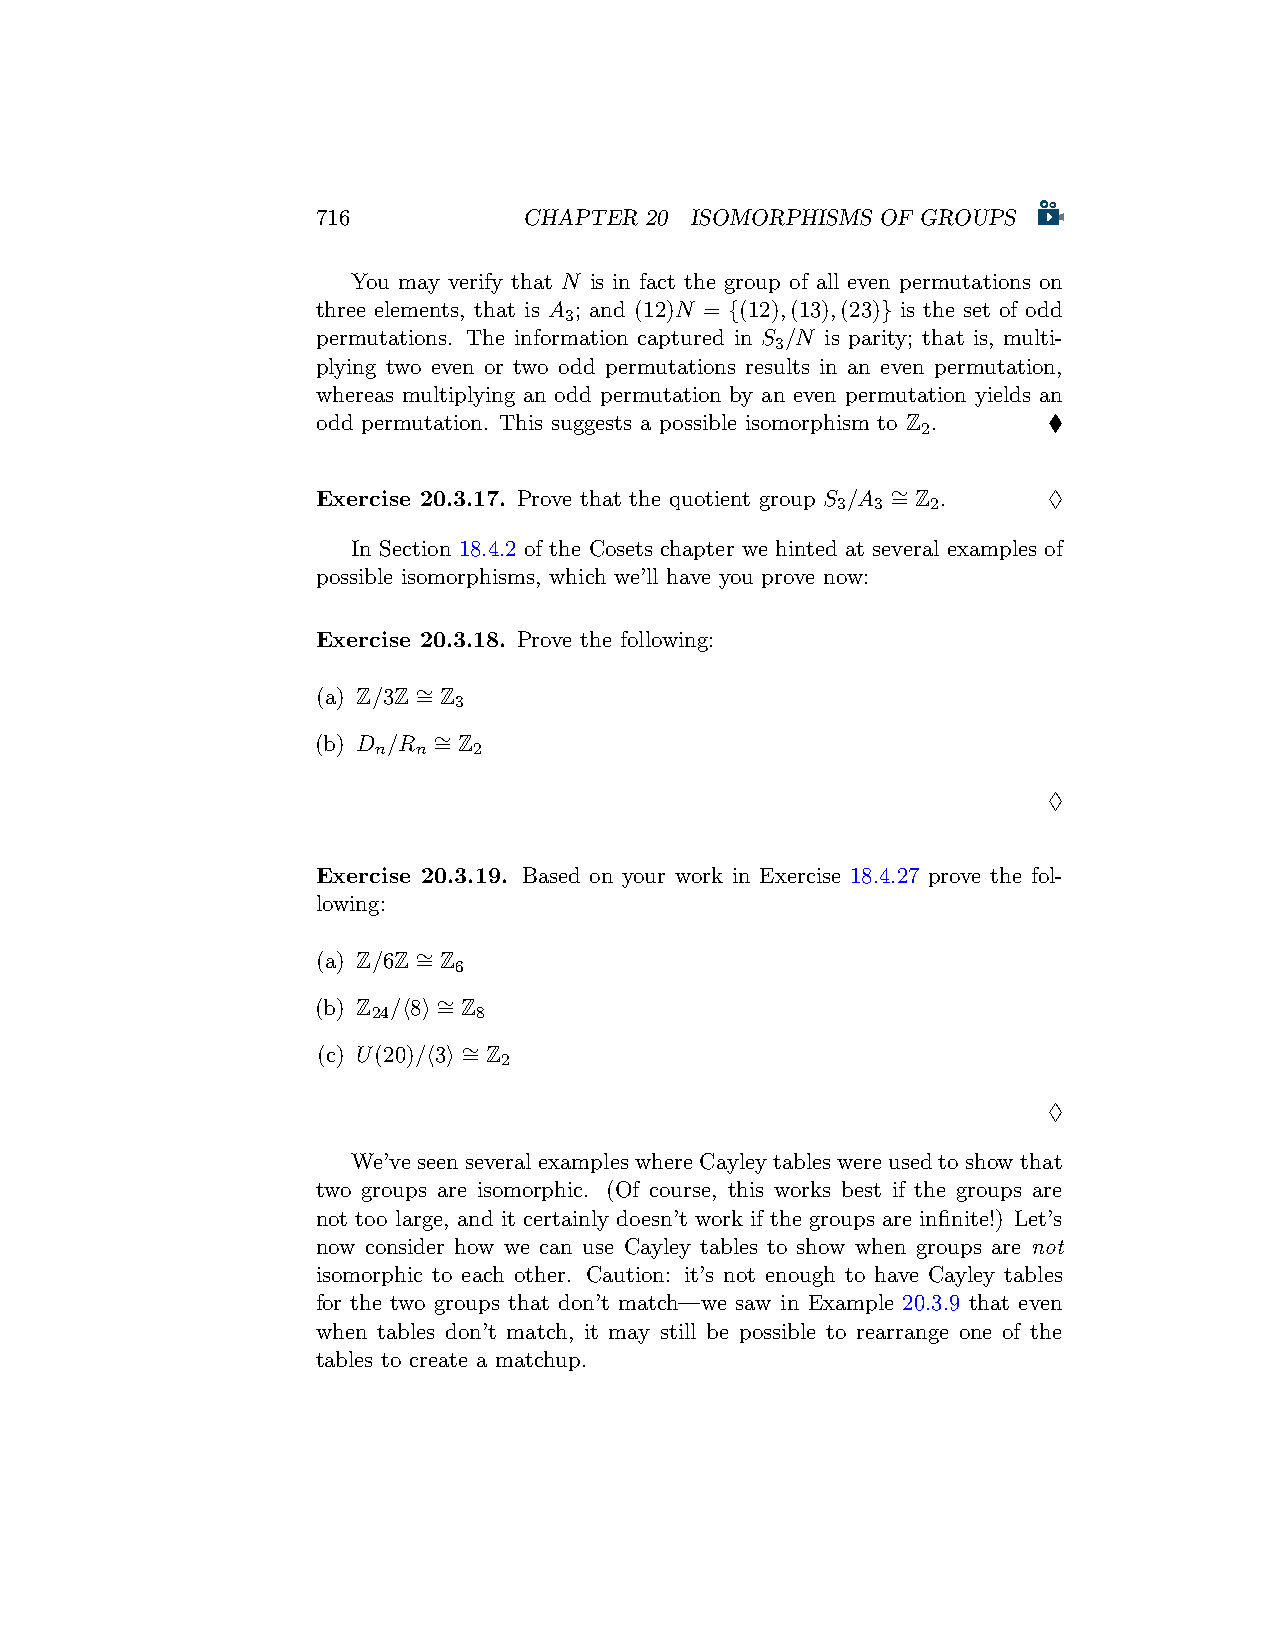
716           CHAPTER 20 ISOMORPHISMS OF GROUPS
 You may verify that N is in fact the group of all even permutations on
 three elements, that is A ; and (12)N = {(12),(13),(23)} is the set of odd
 3
 permutations. The information captured in S /N is parity; that is, multi-
 3
 plying two even or two odd permutations results in an even permutation,
 whereas multiplying an odd permutation by an even permutation yields an
 odd permutation. This suggests a possible isomorphism to Z . ♦
 2
 Exercise 20.3.17. Prove that the quotient group S /A ∼ = Z . ♢
 3  3   2
 In Section 18.4.2 of the Cosets chapter we hinted at several examples of
 possible isomorphisms, which we’ll have you prove now:
 Exercise 20.3.18. Prove the following:
 (a) Z/3Z ∼ = Z
 3
 (b) D /R ∼ = Z
 n  n  2
 ♢
 Exercise 20.3.19. Based on your work in Exercise 18.4.27 prove the fol-
 lowing:
 (a) Z/6Z ∼ = Z
 6
 (b) Z /⟨8⟩ ∼ = Z
 24     8
 (c) U(20)/⟨3⟩ ∼ = Z
 2
 ♢
 We’ve seen several examples where Cayley tables were used to show that
 two groups are isomorphic. (Of course, this works best if the groups are
 not too large, and it certainly doesn’t work if the groups are infinite!) Let’s
 now consider how we can use Cayley tables to show when groups are not
 isomorphic to each other. Caution: it’s not enough to have Cayley tables
 for the two groups that don’t match—we saw in Example 20.3.9 that even
 when tables don’t match, it may still be possible to rearrange one of the
 tables to create a matchup.